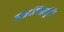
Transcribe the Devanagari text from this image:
जमदग्निमुनि